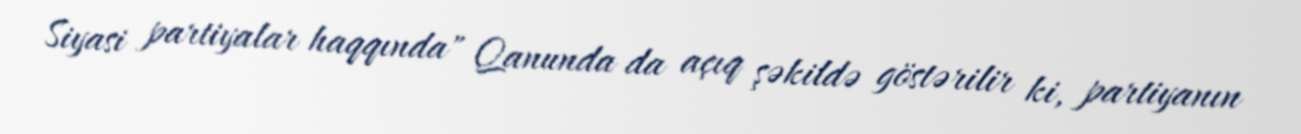
Siyasi partiyalar haqqında" Qanunda da açıq şəkildə göstərilir ki, partiyanın